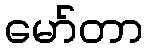
မော်တာ